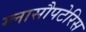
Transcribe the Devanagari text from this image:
ग्लासौपटेरिस